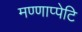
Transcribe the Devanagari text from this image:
मण्णाप्पेटि